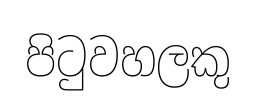
පිටුවහලකු